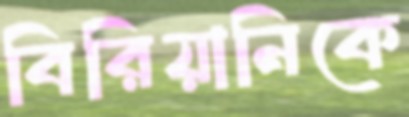
বিরিয়ানিকে